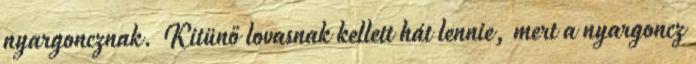
nyargoncznak. Kitünő lovasnak kellett hát lennie, mert a nyargoncz